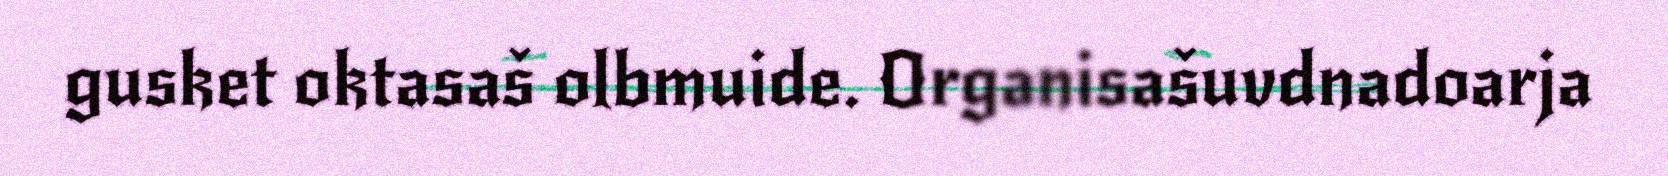
gusket oktasaš olbmuide. Organisašuvdnadoarja